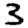
Digit: 3